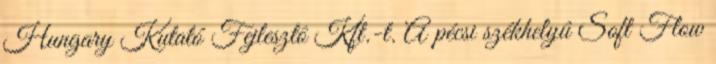
Hungary Kutató Fejlesztô Kft.-t. A pécsi székhelyû Soft Flow